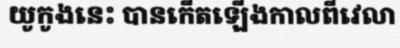
យូកូងនេះ បានកើតឡើងកាលពីវេលា